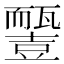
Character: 𧰓